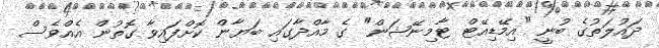
ދައުލަތުގެ ބުނީ "އިމޭޑިއޭޓް ޓާމިނޭޝަން" ގެ މާއްދާގައި ބަޔާން ކޮށްފައިވާ ގޮތުން އެއްވެސް